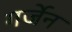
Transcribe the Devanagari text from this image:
गर्जेन